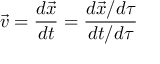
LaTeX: \vec { v } = \frac { d \vec { x } } { d t } = \frac { d \vec { x } / d \tau } { d t / d \tau }